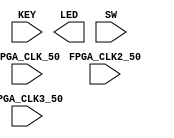
//--------------------------------------------------------------------------//
// Title:        de0_nano_soc_baseline.v                                       //
// Rev:          Rev 0.1                                                    //
// Last Revised: 09/14/2015                                                 //
//--------------------------------------------------------------------------//
// Description: Baseline design file contains DE0 Nano SoC    				 //
//              Board pins and I/O Standards.                               //
//--------------------------------------------------------------------------//
//Copyright 2015 Altera Corporation. All rights reserved.  Altera products
//are protected under numerous U.S. and foreign patents, maskwork rights,
//copyrights and other intellectual property laws.
//                 
//This reference design file, and your use thereof, is subject to and
//governed by the terms and conditions of the applicable Altera Reference
//Design License Agreement.  By using this reference design file, you
//indicate your acceptance of such terms and conditions between you and
//Altera Corporation.  In the event that you do not agree with such terms and
//conditions, you may not use the reference design file. Please promptly                         
//destroy any copies you have made.
//
//This reference design file being provided on an "as-is" basis and as an
//accommodation and therefore all warranties, representations or guarantees
//of any kind (whether express, implied or statutory) including, without
//limitation, warranties of merchantability, non-infringement, or fitness for
//a particular purpose, are specifically disclaimed.  By making this
//reference design file available, Altera expressly does not recommend,
//suggest or require that this reference design file be used in combination 
//with any other product not provided by Altera
//----------------------------------------------------------------------------

//Group Enable Definitions
//This lists every pinout group
//Users can enable any group by uncommenting the corresponding line below:
//`define enable_ADC
//`define enable_ARDUINO
//`define enable_GPIO0
//`define enable_GPIO1
//`define enable_HPS

module de0_nano_soc_baseline(


	//////////// CLOCK //////////
	input 		          		FPGA_CLK_50,
	input 		          		FPGA_CLK2_50,
	input 		          		FPGA_CLK3_50,

`ifdef enable_ADC
	//////////// ADC //////////
	/* 3.3-V LVTTL */
	output		          		ADC_CONVST,
	output		          		ADC_SCLK,
	output		          		ADC_SDI,
	input 		          		ADC_SDO,
`endif
	
`ifdef enable_ARDUINO
	//////////// ARDUINO ////////////
	/* 3.3-V LVTTL */
	inout					[15:0]	ARDUINO_IO,
	inout								ARDUINO_RESET_N,
`endif
	
`ifdef enable_GPIO0
	//////////// GPIO 0 ////////////
	/* 3.3-V LVTTL */
	inout				[35:0]		GPIO_0,
`endif

`ifdef enable_GPIO1	
	//////////// GPIO 1 ////////////
	/* 3.3-V LVTTL */
	inout				[35:0]		GPIO_1,
`endif

`ifdef enable_HPS
	//////////// HPS //////////
	/* 3.3-V LVTTL */
	inout 		          		HPS_CONV_USB_N,
	
	/* SSTL-15 Class I */
	output		    [14:0]		HPS_DDR3_ADDR,
	output		     [2:0]		HPS_DDR3_BA,
	output		          		HPS_DDR3_CAS_N,
	output		          		HPS_DDR3_CKE,
	output		          		HPS_DDR3_CS_N,
	output		     [3:0]		HPS_DDR3_DM,
	inout 		    [31:0]		HPS_DDR3_DQ,
	output		          		HPS_DDR3_ODT,
	output		          		HPS_DDR3_RAS_N,
	output		          		HPS_DDR3_RESET_N,
	input 		          		HPS_DDR3_RZQ,
	output		          		HPS_DDR3_WE_N,
	/* DIFFERENTIAL 1.5-V SSTL CLASS I */
	output		          		HPS_DDR3_CK_N,
	output		          		HPS_DDR3_CK_P,
	inout 		     [3:0]		HPS_DDR3_DQS_N,
	inout 		     [3:0]		HPS_DDR3_DQS_P,
	
	/* 3.3-V LVTTL */
	output		          		HPS_ENET_GTX_CLK,
	inout 		          		HPS_ENET_INT_N,
	output		          		HPS_ENET_MDC,
	inout 		          		HPS_ENET_MDIO,
	input 		          		HPS_ENET_RX_CLK,
	input 		     [3:0]		HPS_ENET_RX_DATA,
	input 		          		HPS_ENET_RX_DV,
	output		     [3:0]		HPS_ENET_TX_DATA,
	output		          		HPS_ENET_TX_EN,
	inout 		          		HPS_GSENSOR_INT,
	inout 		          		HPS_I2C0_SCLK,
	inout 		          		HPS_I2C0_SDAT,
	inout 		          		HPS_I2C1_SCLK,
	inout 		          		HPS_I2C1_SDAT,
	inout 		          		HPS_KEY,
	inout 		          		HPS_LED,
	inout 		          		HPS_LTC_GPIO,
	output		          		HPS_SD_CLK,
	inout 		          		HPS_SD_CMD,
	inout 		     [3:0]		HPS_SD_DATA,
	output		          		HPS_SPIM_CLK,
	input 		          		HPS_SPIM_MISO,
	output		          		HPS_SPIM_MOSI,
	inout 		          		HPS_SPIM_SS,
	input 		          		HPS_UART_RX,
	output		          		HPS_UART_TX,
	input 		          		HPS_USB_CLKOUT,
	inout 		     [7:0]		HPS_USB_DATA,
	input 		          		HPS_USB_DIR,
	input 		          		HPS_USB_NXT,
	output		          		HPS_USB_STP,
`endif
	
	//////////// KEY ////////////
	/* 3.3-V LVTTL */
	input				[1:0]			KEY,
	
	//////////// LED ////////////
	/* 3.3-V LVTTL */
	output			[7:0]			LED,
	
	//////////// SW ////////////
	/* 3.3-V LVTTL */
	input				[3:0]			SW

);
endmodule